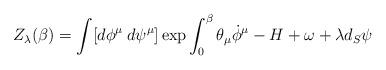
LaTeX: \begin{align*}Z_{\lambda}(\beta)=\int [d\phi^{\mu}\:d\psi^{\mu}]\exp {\int_0^{\beta}\theta_{\mu}\dot{\phi}^{\mu}-H+\omega+\lambda d_S \psi}\end{align*}